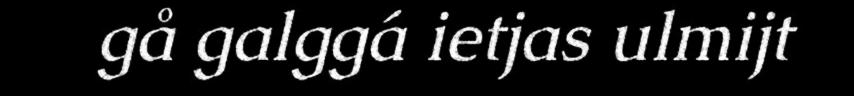
gå galggá ietjas ulmijt